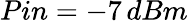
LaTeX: Pin=-7\, dBm